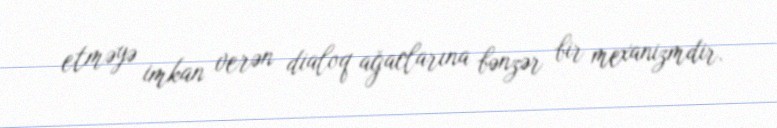
etməyə imkan verən dialoq ağaclarına bənzər bir mexanizmdir.